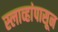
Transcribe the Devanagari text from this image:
स्लाव्हांपासून